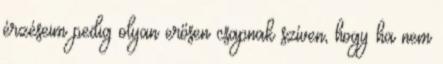
érzéseim pedig olyan erősen csapnak szíven, hogy ha nem